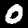
Digit: 0